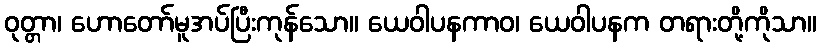
ဝုတ္တာ၊ ဟောတော်မူအပ်ပြီးကုန်သော။ ယေဝါပနကာဝ၊ ယေဝါပနက တရားတို့ကိုသာ။